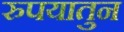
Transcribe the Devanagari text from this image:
रुपयातुन